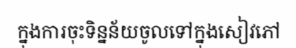
ក្នុងការចុះទិន្នន័យចូលទៅក្នុងសៀវភៅ